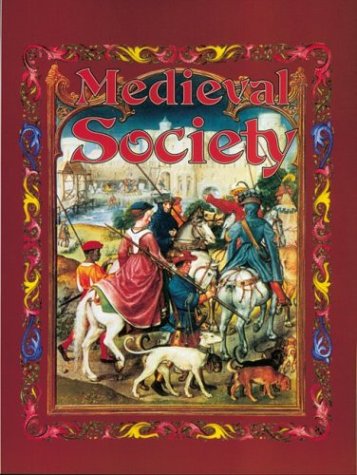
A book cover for Medieval Society (Medieval World); Kay Eastwood; Children's Books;